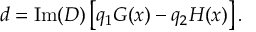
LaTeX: \left( a ( f ) \Omega \right) _ { n } = 0 \; \; \; \forall n